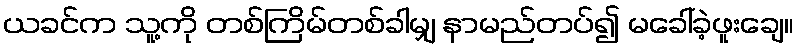
ယခင်က သူ့ကို တစ်ကြိမ်တစ်ခါမျှ နာမည်တပ်၍ မခေါ်ခဲ့ဖူးချေ။